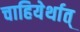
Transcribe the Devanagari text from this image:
चाहियेर्थात्